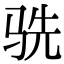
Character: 𬳽